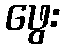
ဖွေး